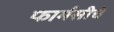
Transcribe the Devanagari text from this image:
फार्मसीचे